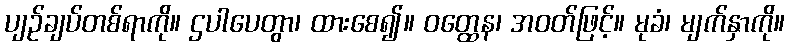
ပျဉ်ချပ်တစ်ရာကို။ ဌပါပေတွာ၊ ထားစေ၍။ ဝတ္ထေန၊ အဝတ်ဖြင့်။ မုခံ၊ မျက်နှာကို။